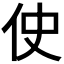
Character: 𫢓